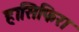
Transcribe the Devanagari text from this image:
हासिफिरा